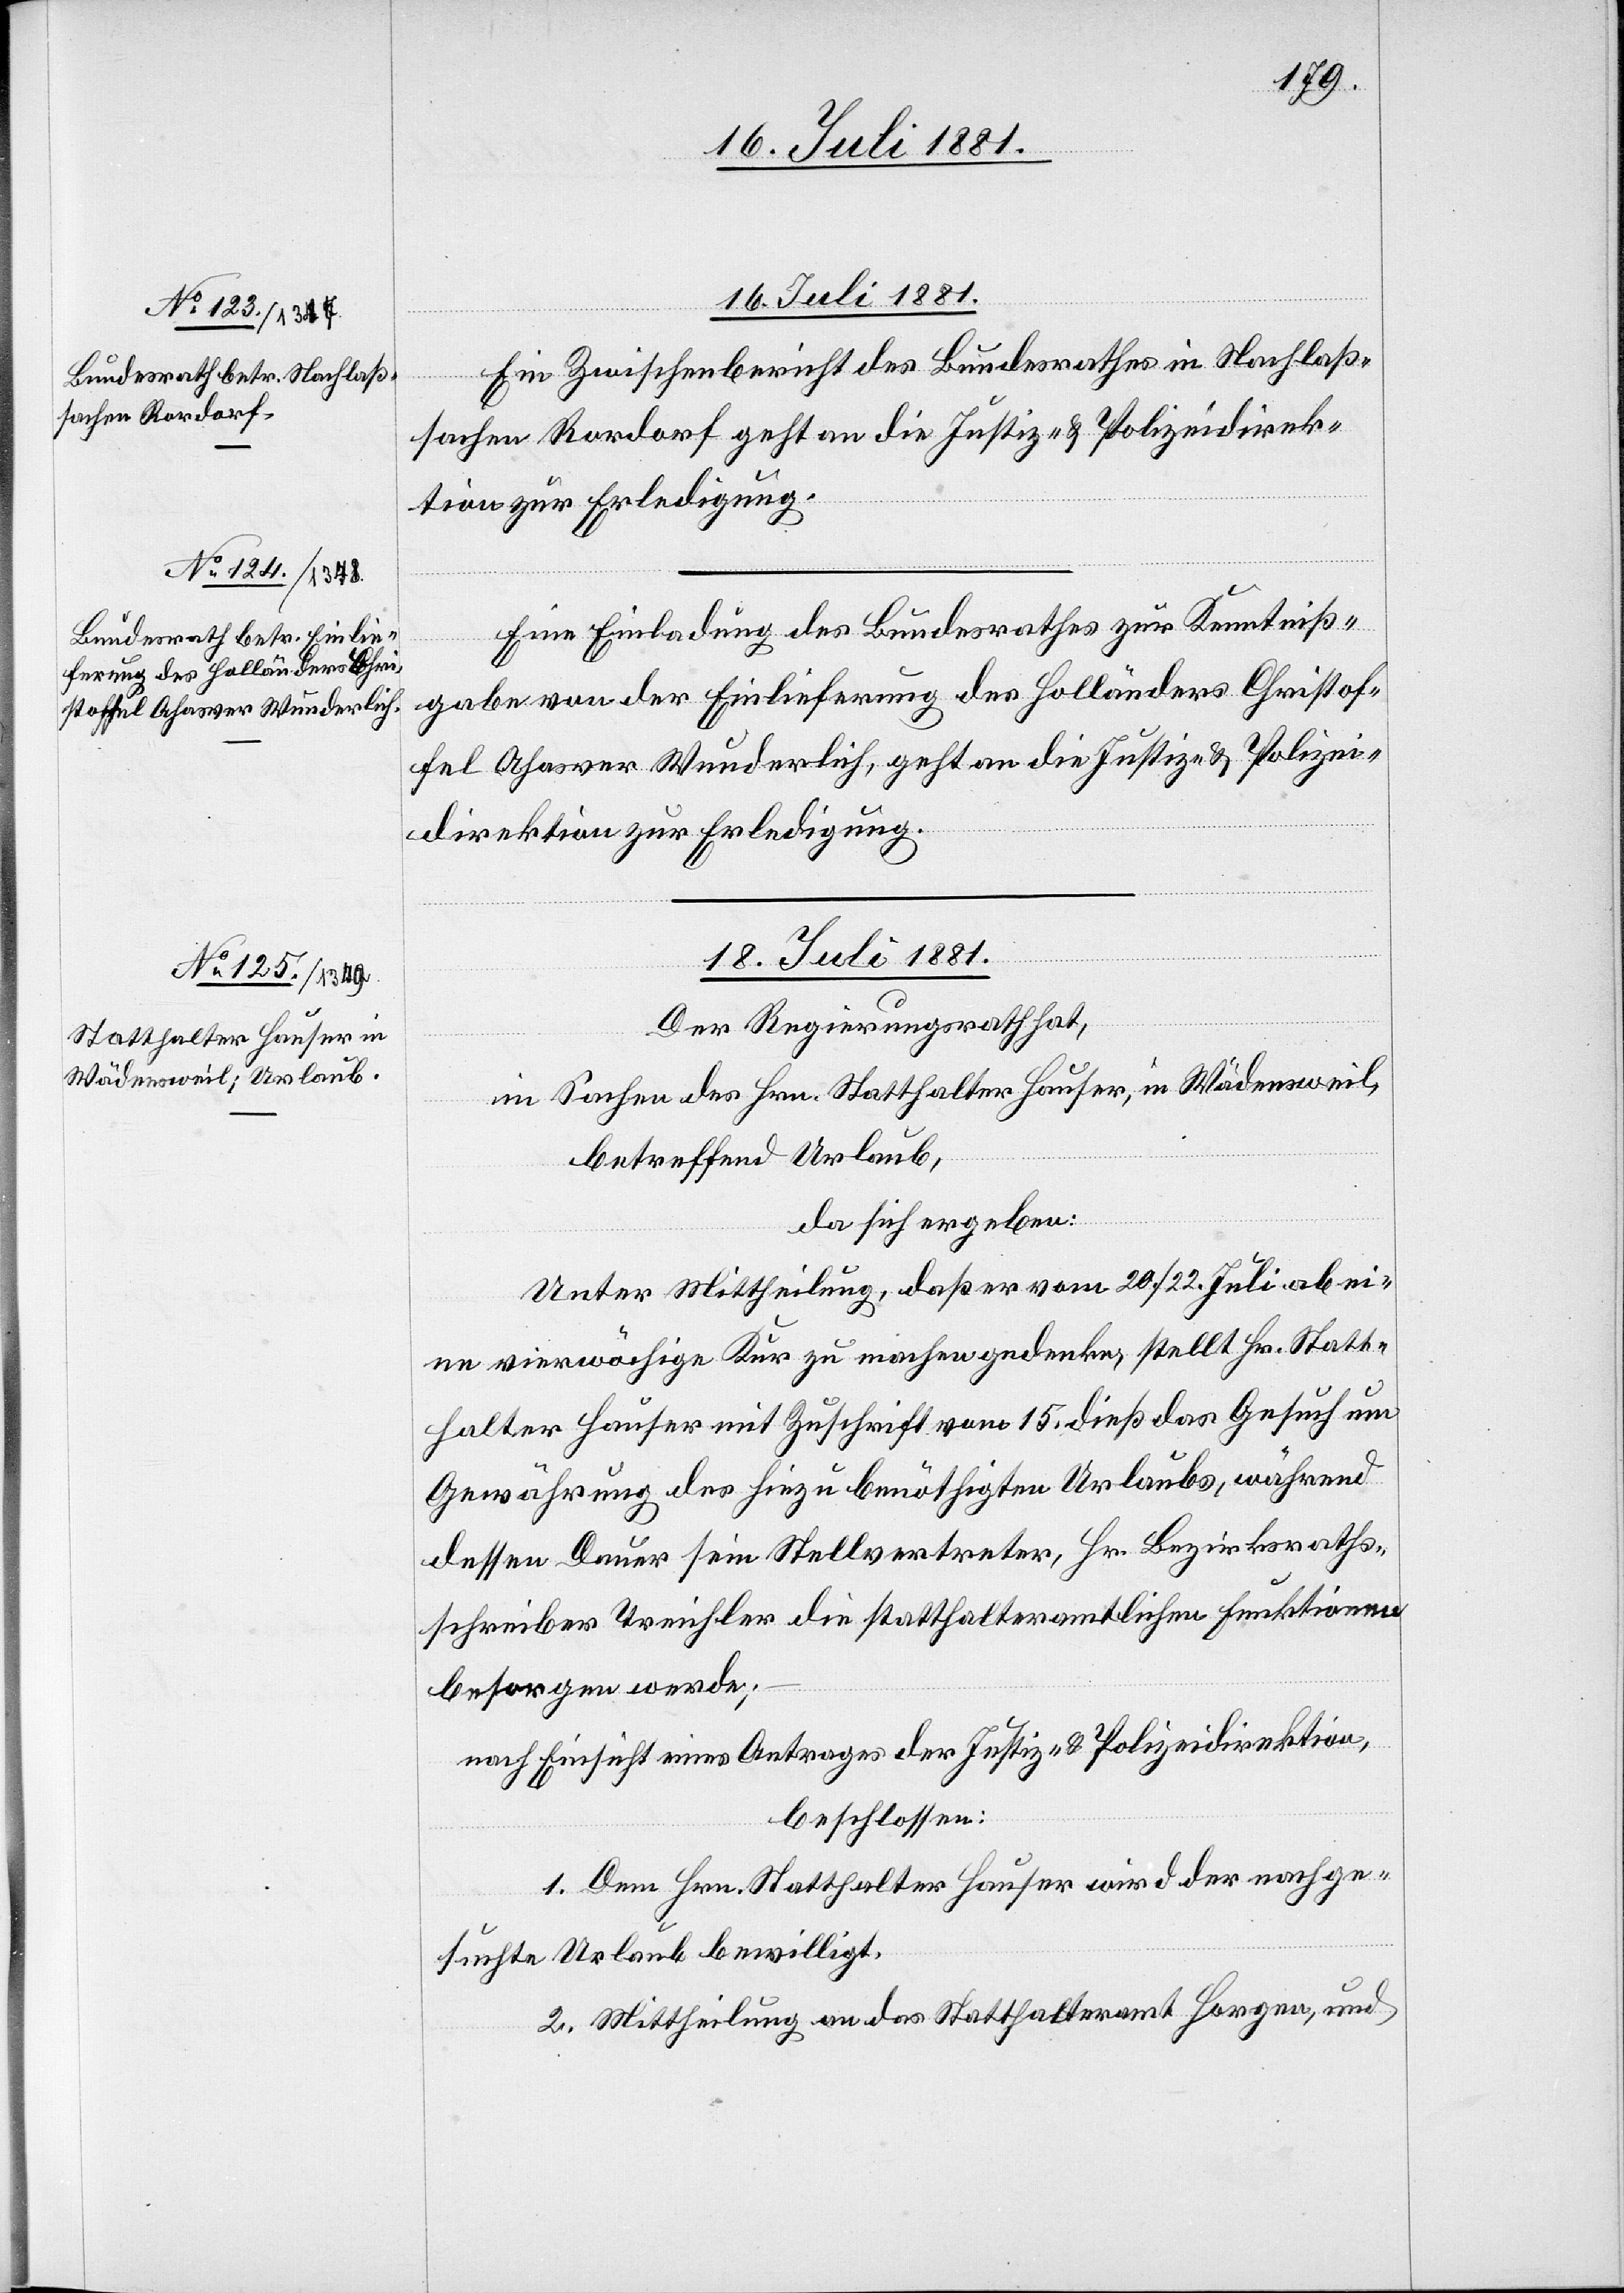
16. Juli 1881.]
Ein Zwischenbericht des Bundesrathes in Nachlaß¬
sachen Rordorf geht an die Justiz- & Polizeidirek¬
tion zur Erledigung.
Eine Einladung des Bundesrathes zur Kenntniß¬
gabe von der Einlieferung des Holländers Christof¬
fel Ahasver Wunderlich, geht an die Justiz- & Polizei¬
direktion zur Erledigung.
ngen.]
18. Juli 1881.
Der Regierungsrath hat,
in Sachen des Hrn. Statthalter Hauser, in Wädensweil,
betreffend Urlaub,
da sich ergeben:
Unter Mittheilung, daß er vom 20./22. Juli ab ei¬
ne vierwöchige Kur zu machen gedenke, stellt Hr. Statt¬
halter Hauser mit Zuschrift vom 15. dieß das Gesuch um
Gewährung des hiezu benöthigten Urlaubs, während
dessen Dauer sein Stellvertreter, Hr. Bezirksraths¬
schreiber Treichler die statthalteramtlichen Funktionen
besorgen werde;
nach Einsicht eines Antrages der Justiz- & Polizeidirektion,
beschlossen:
1. Dem Hrn. Statthalter Hauser wird der nachge¬
suchte Urlaub bewilligt.
2. Mittheilung an das Statthalteramt Horgen, und